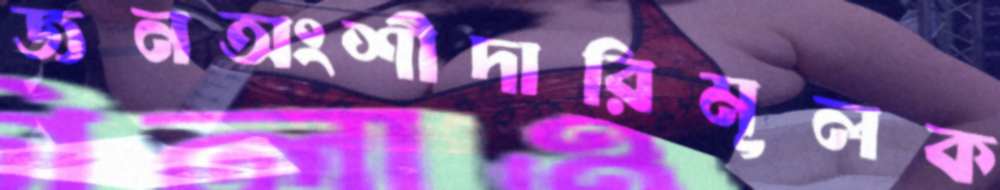
জনঅংশীদারিমূলক